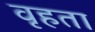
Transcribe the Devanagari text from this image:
वृहता